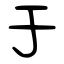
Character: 于